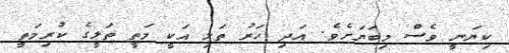
ކިޔަނީ ވެސް މިބަޔަށެވެ. އަދި ހަރު ތަލި އަކީ މަތީ ތަލީގެ ކުރިމަތީ